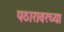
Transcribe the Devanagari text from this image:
पठारावरच्या